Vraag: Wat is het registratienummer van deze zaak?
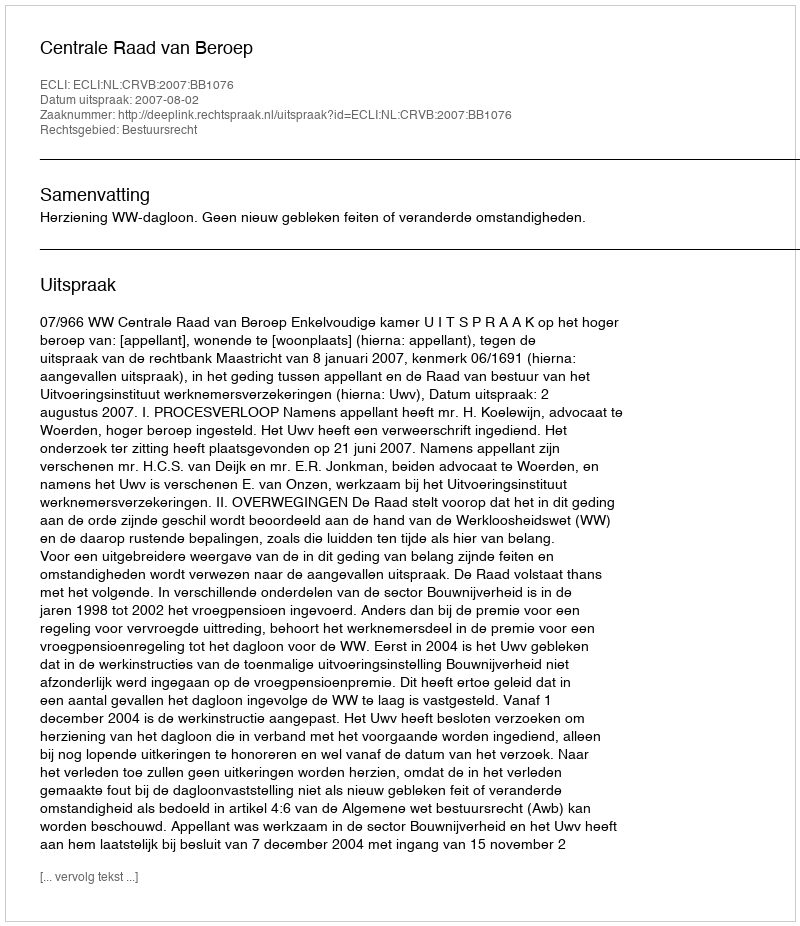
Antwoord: http://deeplink.rechtspraak.nl/uitspraak?id=ECLI:NL:CRVB:2007:BB1076